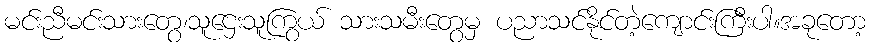
မင်းညီမင်းသားတွေ၊သူဌေးသူကြွယ် သားသမီးတွေမှ ပညာသင်နိုင်တဲ့ကျောင်းကြီးပါ။အခုတော့